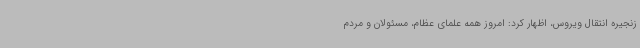
زنجیره انتقال ویروس، اظهار کرد: امروز همه علمای عظام، مسئولان و مردم